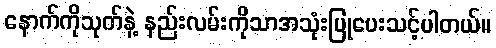
နောက်ကိုသုတ်နဲ့ နည်းလမ်းကိုသာအသုံးပြုပေးသင့်ပါတယ်။